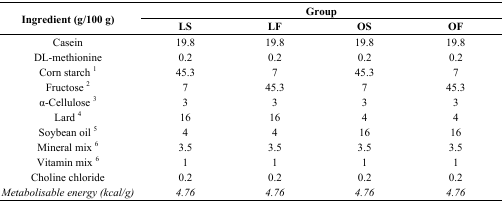
<table><thead><tr><td rowspan="2"><b>Ingredient (g/100 g)</b></td><td colspan="4"><b>Group</b></td></tr><tr><td><b>LS</b></td><td><b>LF</b></td><td><b>OS</b></td><td><b>OF</b></td></tr></thead><tbody><tr><td>Casein</td><td>19.8</td><td>19.8</td><td>19.8</td><td>19.8</td></tr><tr><td>DL-methionine</td><td>0.2</td><td>0.2</td><td>0.2</td><td>0.2</td></tr><tr><td>Corn starch <sup>1</sup></td><td>45.3</td><td>7</td><td>45.3</td><td>7</td></tr><tr><td>Fructose <sup>2</sup></td><td>7</td><td>45.3</td><td>7</td><td>45.3</td></tr><tr><td>α-Cellulose <sup>3</sup></td><td>3</td><td>3</td><td>3</td><td>3</td></tr><tr><td>Lard <sup>4</sup></td><td>16</td><td>16</td><td>4</td><td>4</td></tr><tr><td>Soybean oil <sup>5</sup></td><td>4</td><td>4</td><td>16</td><td>16</td></tr><tr><td>Mineral mix <sup>6</sup></td><td>3.5</td><td>3.5</td><td>3.5</td><td>3.5</td></tr><tr><td>Vitamin mix <sup>6</sup></td><td>1</td><td>1</td><td>1</td><td>1</td></tr><tr><td>Choline chloride</td><td>0.2</td><td>0.2</td><td>0.2</td><td>0.2</td></tr><tr><td><i>Metabolisable energy (kcal/g)</i></td><td><i>4.76</i></td><td><i>4.76</i></td><td><i>4.76</i></td><td><i>4.76</i></td></tr></tbody></table>